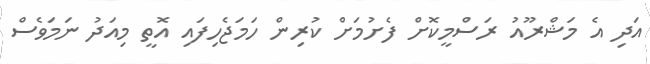
އަދި އެ މަޝްރޫއު ރަސްމީކޮށް ފެށުމަށް ކުރިން ހަމަޖެހިފައި އޮތީ މިއަދު ނަމަވެސް